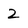
Character: 2